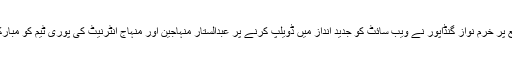
اس موقع پر خرم نواز گنڈاپور نے ویب سائٹ کو جدید انداز میں ڈویلپ کرنے پر عبدالستار منہاجین اور منہاج انٹرنیٹ کی پوری ٹیم کو مبارکباد دی۔